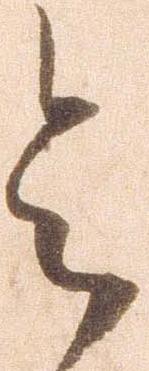
令